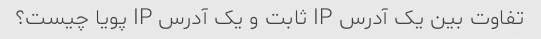
تفاوت بین یک آدرس IP ثابت و یک آدرس IP پویا چیست؟